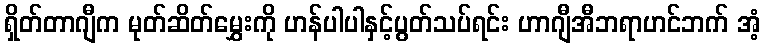
ရှိတ်တာဂျီက မုတ်ဆိတ်မွှေးကို ဟန်ပါပါနှင့်ပွတ်သပ်ရင်း ဟာဂျီအီဘရာဟင်ဘက် အံ့